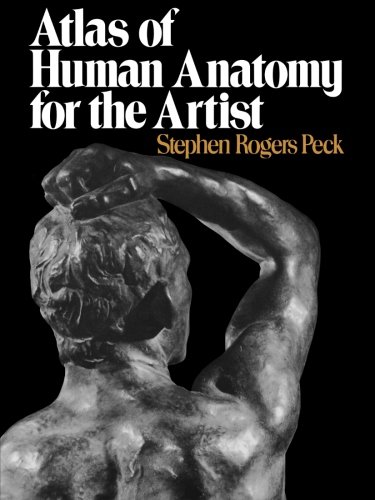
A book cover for Atlas of Human Anatomy for the Artist; Stephen Rogers Peck; Arts & Photography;